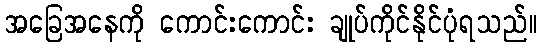
အခြေအနေကို ကောင်းကောင်း ချုပ်ကိုင်နိုင်ပုံရသည်။